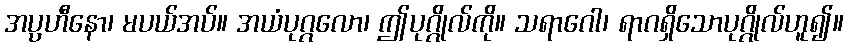
အပ္ပဟီနော၊ မပယ်အပ်။ အယံပုဂ္ဂလော၊ ဤပုဂ္ဂိုလ်ကို။ သရာဂေါ၊ ရာဂရှိသောပုဂ္ဂိုလ်ဟူ၍။